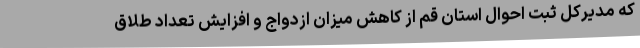
که مدیرکل ثبت احوال استان قم از کاهش میزان ازدواج و افزایش تعداد طلاق